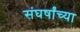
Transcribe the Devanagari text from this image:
संघर्षांच्या